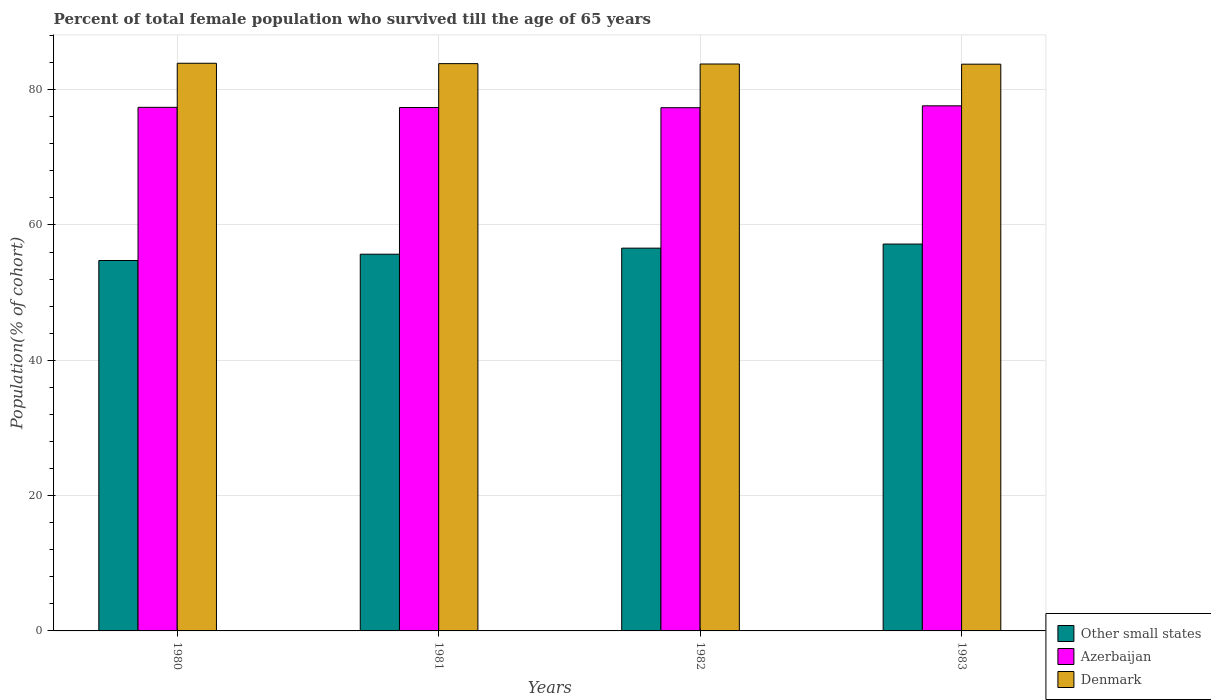
| Years | Other small states | Azerbaijan | Denmark |
 | --- | --- | --- | --- |
 | 1980 | 54.7 | 77.4 | 83.9 |
 | 1981 | 55.7 | 77.4 | 83.8 |
 | 1982 | 56.6 | 77.3 | 83.8 |
 | 1983 | 57.2 | 77.6 | 83.8 |